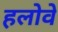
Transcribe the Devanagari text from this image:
हलोवे